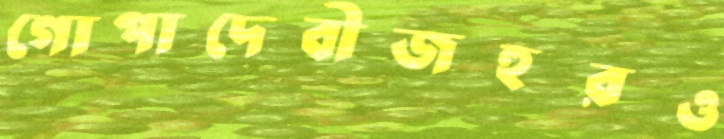
গোপাদেবীজহুরও